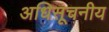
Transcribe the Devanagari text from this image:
अधिसूचनीय